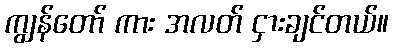
ကျွန်တော် ကား အလတ် ငှားချင်တယ်။